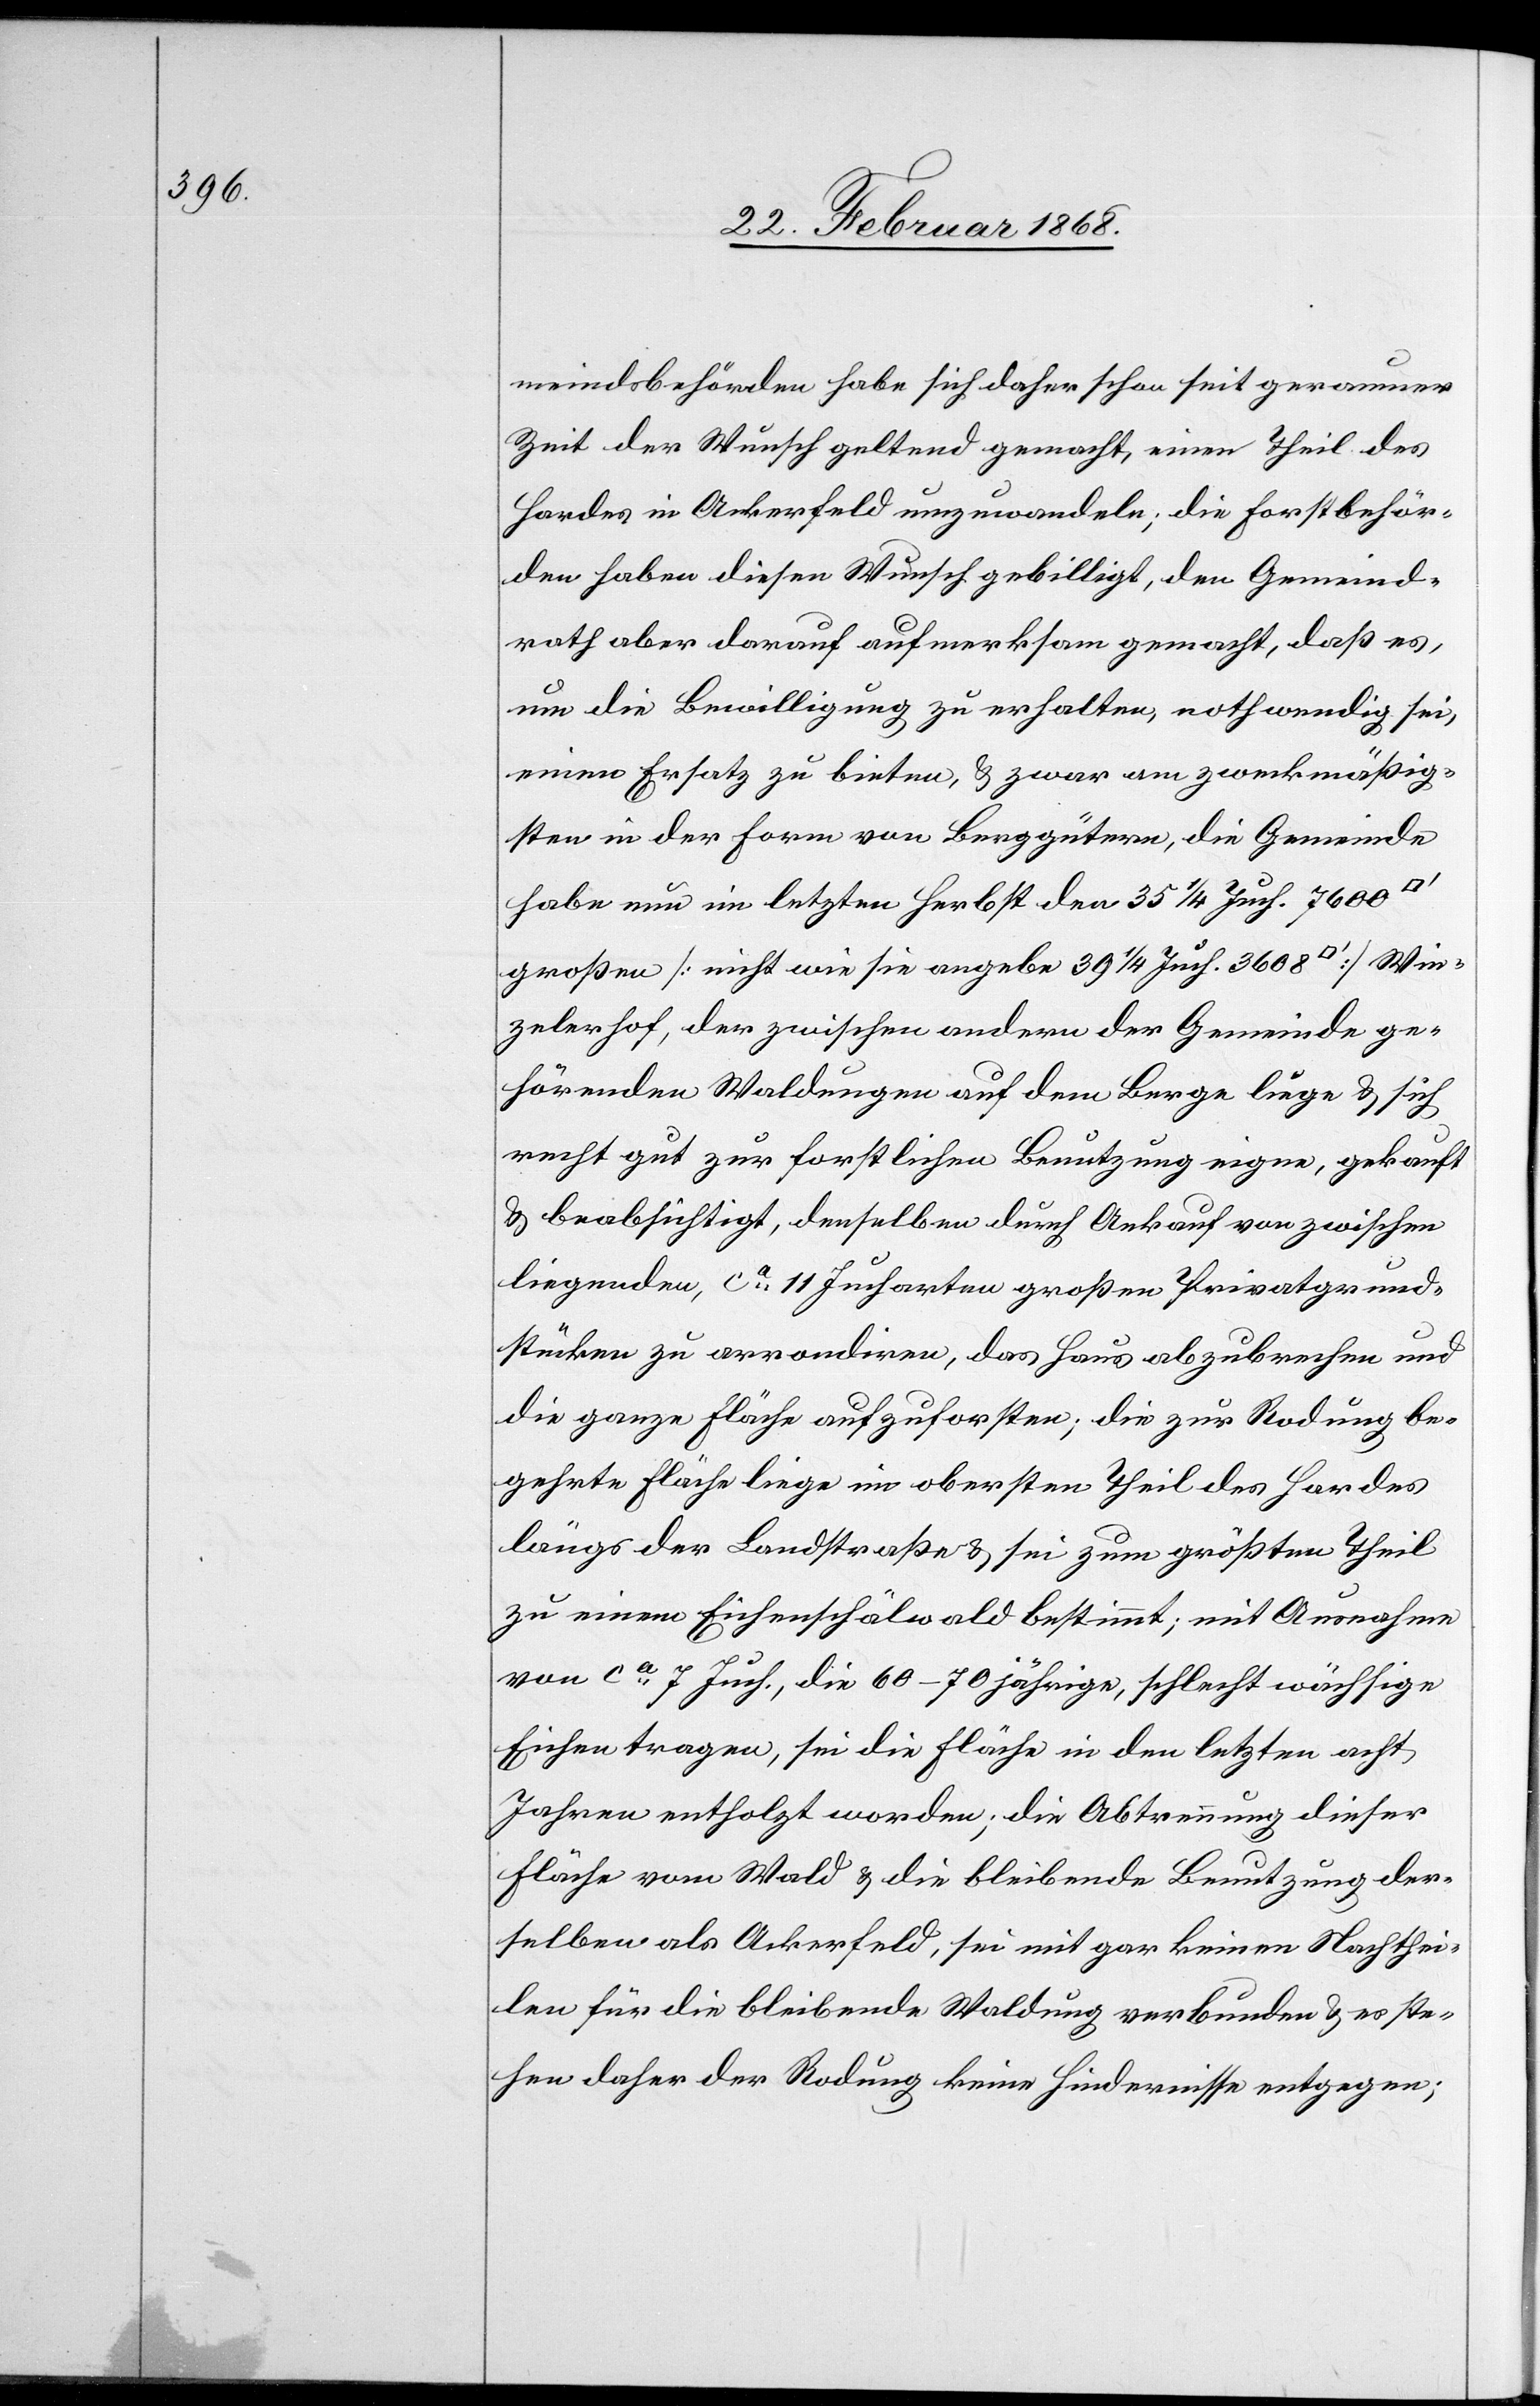
meindsbehörden habe sich daher schon seit geraumer
Zeit der Wunsch geltend gemacht, einen Theil des
Hardes in Ackerfeld umzuwandeln; die Forstbehör¬
den haben diesen Wunsch gebilligt, den Gemeind¬
rath aber darauf aufmerksam gemacht, daß es,
um die Bewilligung zu erhalten, nothwendig sei,
einen Ersatz zu bieten, & zwar am zweckmäßig¬
sten in der Form von Berggütern, die Gemeinde
habe nun im letzten Herbst den 35 1/4 Juch. 7600
großen [nicht wie sie angebe 39 1/4 Juch. 3608 [Quadratfuß]] Win¬
zelerhof, der zwischen andern der Gemeinde ge¬
hörenden Waldungen auf dem Berge liege & sich
recht gut zur forstlichen Benutzung eigne, gekauft
& beabsichtigt, denselben durch Ankauf von zwischen
liegenden, ca. 11 Jucharten großen Privatgrund¬
stücken zu arrondiren, das Haus abzubrechen und
die ganze Fläche aufzuforsten; die zur Rodung be¬
gehrte Fläche liege im obersten Theil des Hardes
längs der Landstraße & sei zum größten Theil
zu einem Eichenschälwald bestimmt; mit Ausnahme
von ca. 7 Juch., die 60–70 jährige, schlecht wächsige
Eichen tragen, sei die Fläche in den letzten acht
Jahren entholzt worden; die Abtrennung dieser
Fläche vom Wald & die bleibende Benutzung der¬
selben als Ackerfeld, sei mit gar keinen Nachthei¬
len für die bleibende Waldung verbunden & es ste¬
hen daher der Rodung keine Hindernisse entgegen;